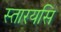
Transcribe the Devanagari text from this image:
स्तारयसि